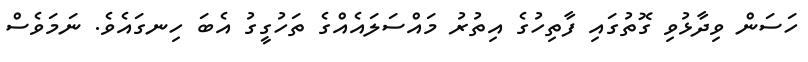
ހަަސަން ވިދާޅުވި ގޮތުގައި ފާތިހުގެ އިތުރު މައްސަލައެއްގެ ތަހުގީގު އެބަ ހިނގައެވެ. ނަމަވެސް